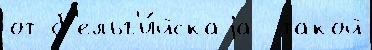
от б'ельг'и́йскаjа  такой